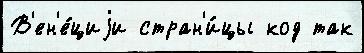
В'ен'е́циjи стран'и́цы код так